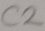
Text: C2